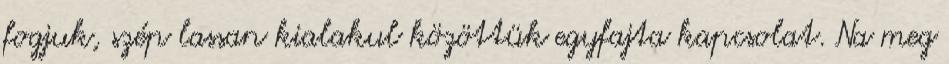
fogjuk, szép lassan kialakul közöttük egyfajta kapcsolat. Na meg